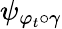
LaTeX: \psi_{\varphi_{t}\circ\gamma}